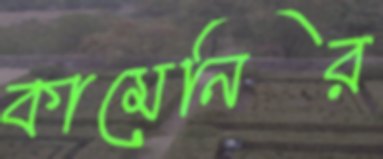
কামেনির